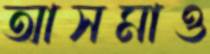
আসমাও